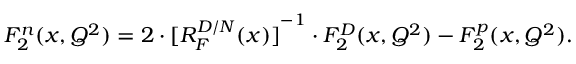
F _ { 2 } ^ { n } ( x , Q ^ { 2 } ) = 2 \cdot { [ R _ { F } ^ { D / N } ( x ) ] } ^ { - 1 } \cdot F _ { 2 } ^ { D } ( x , Q ^ { 2 } ) - F _ { 2 } ^ { p } ( x , Q ^ { 2 } ) .